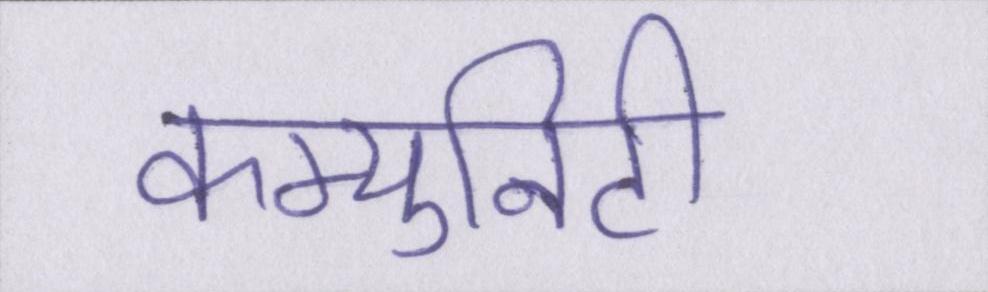
कम्युनिटी